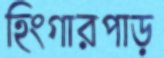
হিংগারপাড়